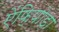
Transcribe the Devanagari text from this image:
ऐंफ़िपोडा